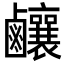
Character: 𪊊